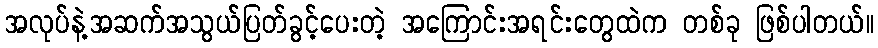
အလုပ်နဲ့အဆက်အသွယ်ပြတ်ခွင့်ပေးတဲ့ အကြောင်းအရင်းတွေထဲက တစ်ခု ဖြစ်ပါတယ်။